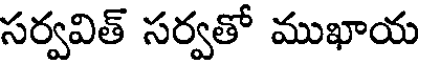
సర్వవిత్ సర్వతో ముఖాయ